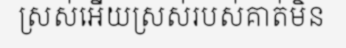
ស្រស់អើយស្រស់របស់គាត់មិន